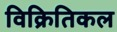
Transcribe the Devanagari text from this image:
विक्रितिकल